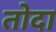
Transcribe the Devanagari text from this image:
तोदा